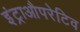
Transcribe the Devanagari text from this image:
इंट्राऔपरेटिव